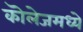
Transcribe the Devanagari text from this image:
कॊलेजमध्ये